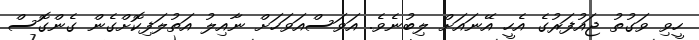
ހީވި ވަގުތު ޖައުފަރުގެ އެހީ އޭނައަށް ލިބުނެވެ. އަވަސްއަވަހަށް ނާއިލު އަތުލަފިކޮށްގެން ގެންގޮސް